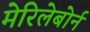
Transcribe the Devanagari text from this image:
मेरिलेबोर्न